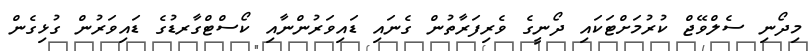
މިދޯނި ސެލްވޭޖް ކުރުމަށްޓަކައި ދޯނީގެ ވެރިފަރާތުން ގެނައި ޑައިވަރުންނާއި ކޯސްޓްގާރޑުގެ ޑައިވަރުން ގުޅިގެން